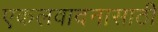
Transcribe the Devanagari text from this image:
एकलवादनासाठी